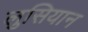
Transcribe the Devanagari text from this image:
लुसियान